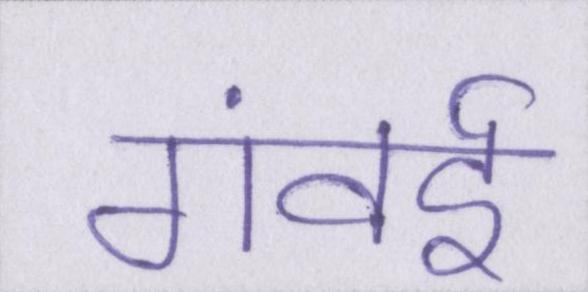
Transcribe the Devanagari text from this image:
गंवई